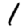
Digit: 1